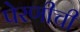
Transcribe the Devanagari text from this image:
पेरणीची